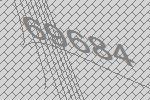
69684